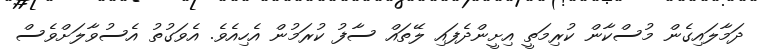
ދަމާލައިގެން މުސްކާން ކުރިމަތީ އިށީންދެފައި ލޭތައް ސާފު ކުރަމުން އެހިއެވެ. އެވަގުތު އެސުވާލަށްވެސް